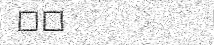
٤٥